Vaccine operations Central Provinces 1886-1899 - 1886-1899
Year: 1886
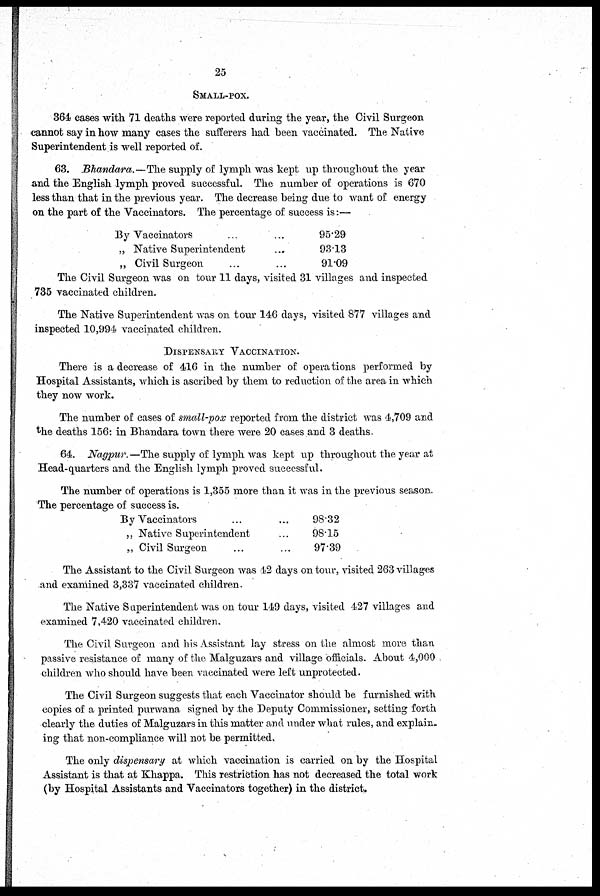
25
SMALL-POX.
364 cases with 71 deaths were reported during the year, the Civil Surgeon
cannot say in how many cases the sufferers had been vaccinated. The Native
Superintendent is well reported of.
63. Bhandara.—The supply of lymph was kept up throughout the year
and the English lymph proved successful. The number of operations is 670
less than that in the previous year. The decrease being due to want of energy
on the part of the Vaccinators. The percentage of success is:—
By Vaccinators
„ Native Superintendent
„ Civil Surgeon
95.29
9313
9109
The Civil Surgeon was on tour 11 days, visited 31 villages and inspected
735 vaccinated children.
The Native Superintendent was on tour 146 days, visited 877 villages and
inspected 10,994 vaccinated children.
DISPENSARY VACCINATION.
There is a decrease of 416 in the number of operations performed by
Hospital Assistants, which is ascribed by them to reduction of the area in which
they now work.
The number of cases of small-pox reported from the district was 4,709 and
the deaths 156: in Bhandara town there were 20 cases and 3 deaths.
64. Nagpur.—The supply of lymph was kept up throughout the year at
Head-quarters and the English lymph proved successful.
The number of operations is 1,355 more than it was in the previous season.
The percentage of success is.
By Vaccinators
„ Native Superintendent
„ Civil Surgeon
98.32
9815
97.39
The Assistant to the Civil Surgeon was 42 days on tour, visited 263 villages
and examined 3,337 vaccinated children.
The Native Superintendent was on tour 149 days, visited 427 villages and
examined 7,420 vaccinated children.
The Civil Surgeon and his Assistant lay stress on the almost more than
passive resistance of many of the Malguzars and village officials. About 4,000
children who should have been vaccinated were left unprotected.
The Civil Surgeon suggests that each Vaccinator should be furnished with
copies of a printed purwana signed by the Deputy Commissioner, setting forth
clearly the duties of Malguzars in this matter and under what rules, and explain-
ing that non-compliance will not be permitted.
The only dispensary at which vaccination is carried on by the Hospital
Assistant is that at Khappa. This restriction has not decreased the total work
(by Hospital Assistants and Vaccinators together) in the district.